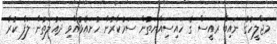
މަޖްލީހުގެ ނައިބް ރައީސް ގެ ހައިސިއްޔަތުން ސަރުކާރުން ހުށައެޅުއްވި ދައުލަތުން ލަފާ ކުރާ